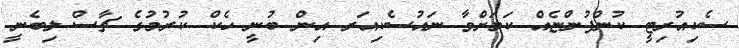
ސެކިއުރިޓީ ކުންފުންޏެއް ކަމަށްވާ ނައުސެކިއަރ އިން ބުނީ ހެކް ކުރުމުގެ ޗާސް ލިބެނީ